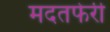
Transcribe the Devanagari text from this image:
मदतफेरी